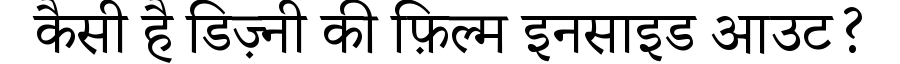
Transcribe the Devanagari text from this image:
कैसी है डिज़्नी की फ़िल्म इनसाइड आउट?